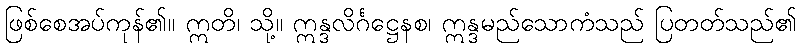
ဖြစ်စေအပ်ကုန်၏။ ဣတိ၊ သို့။ ဣန္ဒလိင်္ဂဋ္ဌေနစ၊ ဣန္ဒမည်သောကံသည် ပြတတ်သည်၏